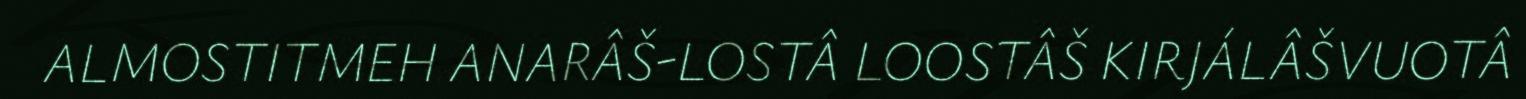
ALMOSTITMEH ANARÂŠ-LOSTÂ LOOSTÂŠ KIRJÁLÂŠVUOTÂ